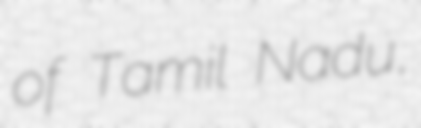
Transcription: of Tamil Nadu,